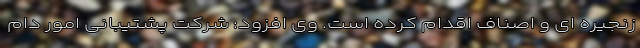
زنجیره ای و اصناف اقدام کرده است. وی افزود: شرکت پشتیبانی امور دام